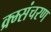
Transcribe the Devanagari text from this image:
क्र्म्संचरण